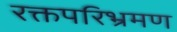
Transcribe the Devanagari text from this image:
रक्तपरिभ्रमण